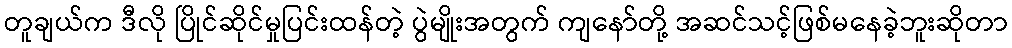
တူချယ်က ဒီလို ပြိုင်ဆိုင်မှုပြင်းထန်တဲ့ ပွဲမျိုးအတွက် ကျနော်တို့ အဆင်သင့်ဖြစ်မနေခဲ့ဘူးဆိုတာ